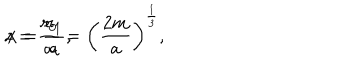
z = \frac { r _ { 0 } } { a } = \left( \frac { 2 m } { a } \right) ^ { \frac { 1 } { 3 } } , \hspace { 1 . 5 c m } x = \frac { r _ { 1 } } { a } ,